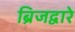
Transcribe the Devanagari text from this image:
ब्रिजद्वारे